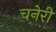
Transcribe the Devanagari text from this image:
चनेरी